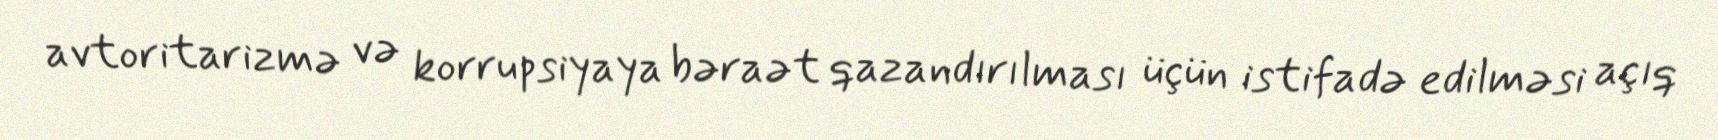
avtoritarizmə və korrupsiyaya bəraət qazandırılması üçün istifadə edilməsi açıq